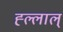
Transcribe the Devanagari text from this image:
ह्ल्लाल्